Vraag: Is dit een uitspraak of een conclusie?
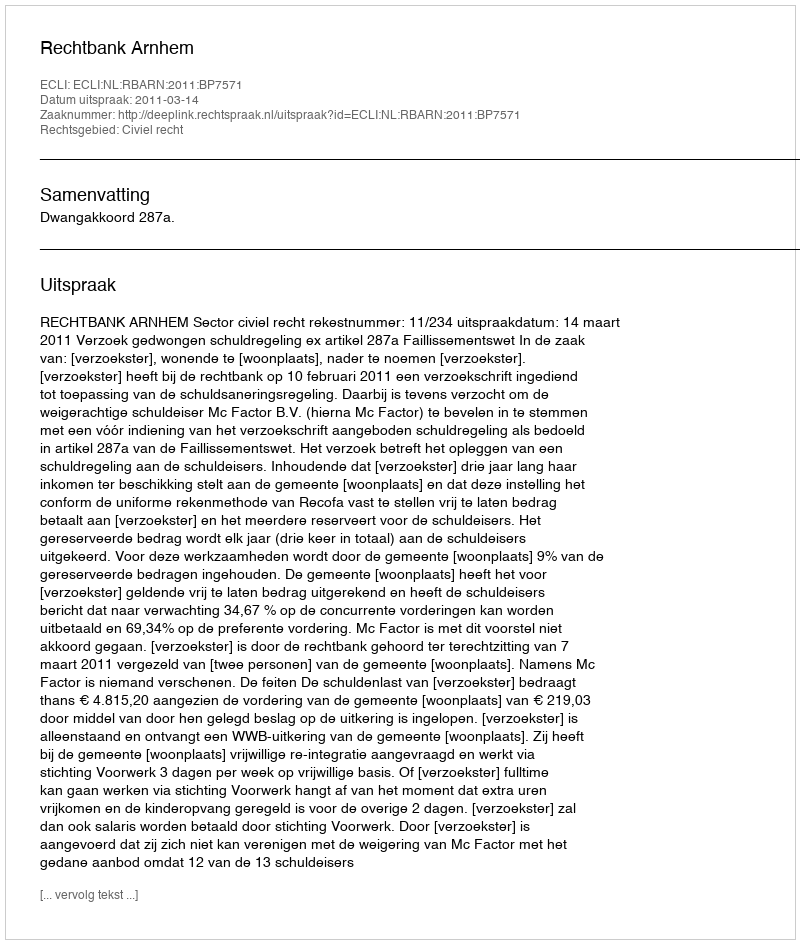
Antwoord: Uitspraak